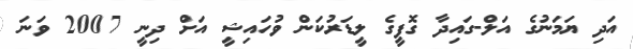
އަދި ޔަމަނުގެ އަލް-ގައިދާ ގޮފީގެ ލީޑަރުކަން ވުހައިޝީ އަށް ދިނީ 2007 ވަނަ